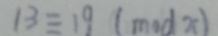
1 3 \equiv 1 9 ( m o d x )